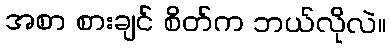
အစာ စားချင် စိတ်က ဘယ်လိုလဲ။